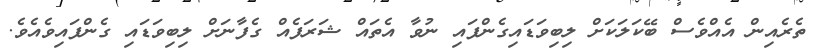
ތެރެއިން އެއްވެސް ބޭކަލަކަށް ލިބިވަޑައިގެންފައި ނުވާ އެތައް ޝަރަފެއް ގެފާނަށް ލިބިވަޑައި ގެންފައިވެއެވެ.